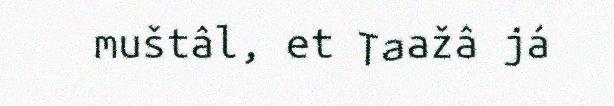
muštâl, et Taažâ já